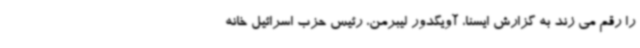
را رقم می زند به گزارش ایسنا، آویگدور لیبرمن، رئیس حزب اسرائیل خانه